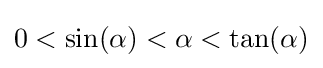
0<\sin(\alpha )<\alpha <\tan(\alpha )